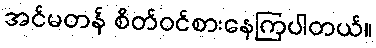
အင်မတန် စိတ်ဝင်စားနေကြပါတယ်။